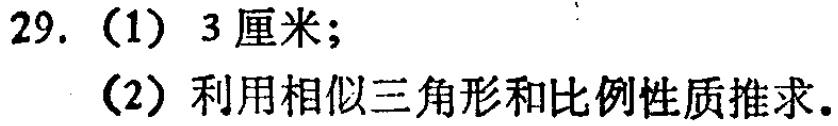
29. （1）3 厘米；
（2）利用相似三角形和比例性质推求。